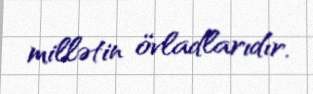
millətin övladlarıdır.